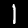
Digit: 1